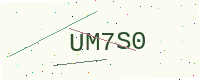
Text: UM7S0